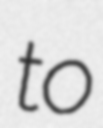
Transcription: to